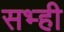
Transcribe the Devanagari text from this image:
सभ्ही